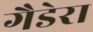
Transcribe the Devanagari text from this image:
गैडेरा